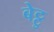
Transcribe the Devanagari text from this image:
बेट्टु